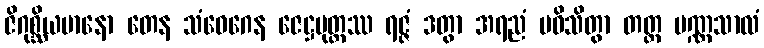
ဇိဂုစ္ဆိယမာနော တေန သံဝေဂေန ဇေဋ္ဌပုတ္တဿ ရဇ္ဇံ ဒတွာ အရညံ ပဝိသိတွာ တတ္ထ ပဏ္ဏသာလံ